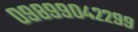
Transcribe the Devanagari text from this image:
०९८९९०४२२९९